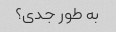
به طور جدی؟